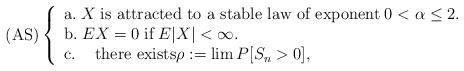
LaTeX: \begin{align*} {\rm (AS)} \left\{ \begin{array}{ll} {\rm a.} \; X\; \mbox{is attracted to a stable law of exponent} \; 0<\alpha \leq 2.\\ {\rm b.} \; EX=0\; \mbox{if}\; E|X|<\infty. \\ {\rm c.} \mbox{ \;\; there exists} \rho :=\lim P[S_n>0], \end{array}\right. \end{align*}